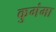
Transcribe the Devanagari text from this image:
कुगंमा